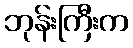
ဘုန်းကြီးက